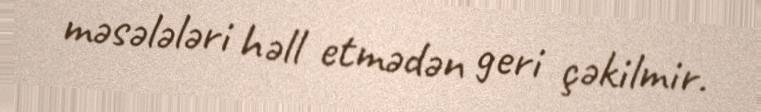
məsələləri həll etmədən geri çəkilmir.